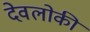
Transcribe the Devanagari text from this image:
देवलोकी